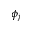
\phi _ { j }